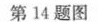
第14题图